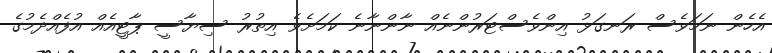
އެހެން ނަމަވެސް ރަނގަޅު އިންވެސްޓަރުންނެއް ނާންނާނެ ކަަމަށެވެ އިތުރު ސިޔާސީ ޕާޓީއެއް އުފެއްދެމުގެ